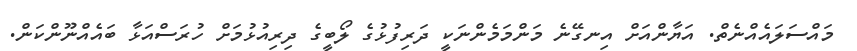
މައްސަލައެއްނެތް. އަޔާންއަށް އިނގޭނެ މަންމަމެންނަކީ ދަރިފުޅުގެ ލޯބީގެ ދިރިއުޅުމަށް ހުރަސްއަޅާ ބައެއްނޫންކަން.